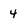
Character: 4